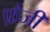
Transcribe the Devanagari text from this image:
फ़ैजी